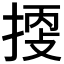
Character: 𢯬